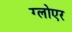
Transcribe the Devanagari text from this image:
ग्लोएर